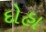
દોહા